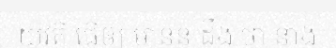
យុវតី ធ្វើឲ្យ មានន្ទ ដឹង ថា នាង